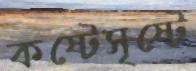
কষ্টেসৃষ্টে